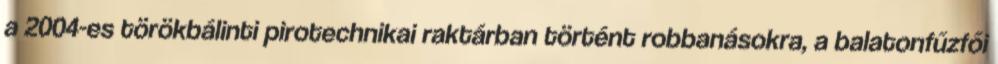
a 2004-es törökbálinti pirotechnikai raktárban történt robbanásokra, a balatonfűzfői